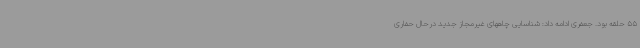
55 حلقه بود. جعفری ادامه داد: شناسایی چاههای غیرمجاز جدید درحال حفاری